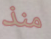
منذ